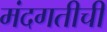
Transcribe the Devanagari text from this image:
मंदगतीची